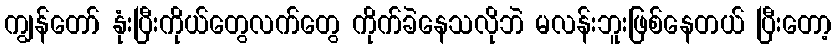
ကျွန်တော် နုံးပြီးကိုယ်တွေလက်တွေ ကိုက်ခဲနေသလိုဘဲ မလန်းဘူးဖြစ်နေတယ် ပြီးတော့